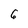
Character: 6